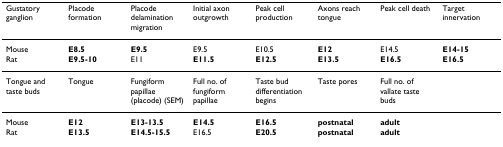
<table><thead><tr><td><b>Gustatory ganglion</b></td><td><b>Placode formation</b></td><td><b>Placode delamination migration</b></td><td><b>Initial axon outgrowth</b></td><td><b>Peak cell production</b></td><td><b>Axons reach tongue</b></td><td><b>Peak cell death</b></td><td><b>Target innervation</b></td></tr></thead><tbody><tr><td>Mouse</td><td><b>E8.5</b></td><td><b>E9.5</b></td><td>E9.5</td><td>E10.5</td><td><b>E12</b></td><td>E14.5</td><td><b>E14-15</b></td></tr><tr><td>Rat</td><td><b>E9.5-10</b></td><td>E11</td><td><b>E11.5</b></td><td><b>E12.5</b></td><td><b>E13.5</b></td><td><b>E16.5</b></td><td><b>E16.5</b></td></tr><tr><td>Tongue and taste buds</td><td>Tongue</td><td>Fungiform papillae (placode) (SEM)</td><td>Full no. of fungiform papillae</td><td>Taste bud differentiation begins</td><td>Taste pores</td><td>Full no. of vallate taste buds</td><td></td></tr><tr><td>Mouse</td><td><b>E12</b></td><td><b>E13-13.5</b></td><td><b>E14.5</b></td><td><b>E16.5</b></td><td><b>postnatal</b></td><td><b>adult</b></td><td></td></tr><tr><td>Rat</td><td><b>E13.5</b></td><td><b>E14.5-15.5</b></td><td>E16.5</td><td><b>E20.5</b></td><td><b>postnatal</b></td><td><b>adult</b></td><td></td></tr></tbody></table>